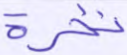
نخرة